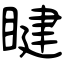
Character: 睷